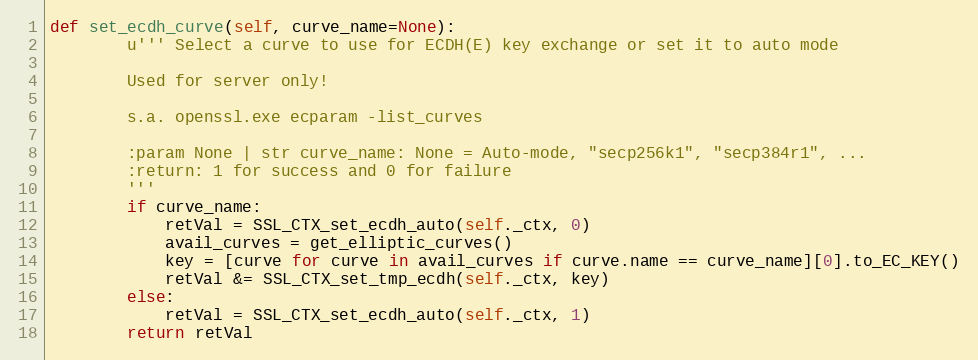
Language: Python
def set_ecdh_curve(self, curve_name=None):
        u''' Select a curve to use for ECDH(E) key exchange or set it to auto mode

        Used for server only!

        s.a. openssl.exe ecparam -list_curves

        :param None | str curve_name: None = Auto-mode, "secp256k1", "secp384r1", ...
        :return: 1 for success and 0 for failure
        '''
        if curve_name:
            retVal = SSL_CTX_set_ecdh_auto(self._ctx, 0)
            avail_curves = get_elliptic_curves()
            key = [curve for curve in avail_curves if curve.name == curve_name][0].to_EC_KEY()
            retVal &= SSL_CTX_set_tmp_ecdh(self._ctx, key)
        else:
            retVal = SSL_CTX_set_ecdh_auto(self._ctx, 1)
        return retVal